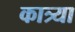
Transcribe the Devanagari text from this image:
कात्र्या